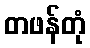
တဖန်တုံ